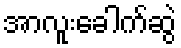
အာလူးခေါက်ဆွဲ